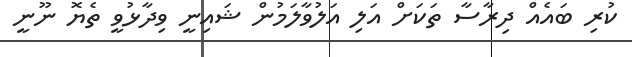
ކުރި ބައެއް ދިރާސާ ތަކަށް އަލި އަލުވާލަމުން ޝައިނީ ވިދާޅުވީ ތެޔޮ ނޫނީ